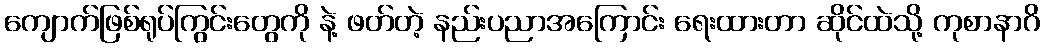
ကျောက်ဖြစ်ရုပ်ကြွင်းတွေကို နဲ့ ဖတ်တဲ့ နည်းပညာအကြောင်း ရေးထားတာ ဆိုင်ထဲသို့ ကုစာနာဂိ